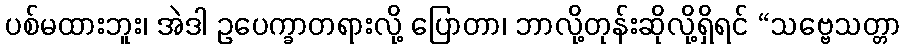
ပစ်မထားဘူး၊ အဲဒါ ဥပေက္ခာတရားလို့ ပြောတာ၊ ဘာလို့တုန်းဆိုလို့ရှိရင် “သဗ္ဗေသတ္တာ